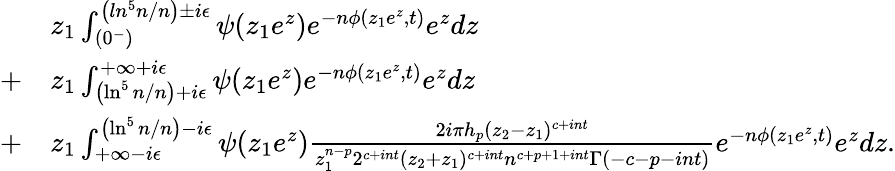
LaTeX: \begin{array}{rl}&{z_{1}\int_{(0^{-})}^{\left(ln^{5}n/n\right)\pm i\epsilon}\psi(z_{1}e^{z})e^{-n\phi(z_{1}e^{z},t)}e^{z}dz}\\ {+}&{z_{1}\int_{\left(\ln^{5}n/n\right)+i\epsilon}^{+\infty+i\epsilon}\psi(z_{1}e^{z})e^{-n\phi(z_{1}e^{z},t)}e^{z}dz}\\ {+}&{z_{1}\int_{+\infty-i\epsilon}^{\left(\ln^{5}n/n\right)-i\epsilon}\psi(z_{1}e^{z})\frac{2i\pi h_{p}(z_{2}-z_{1})^{c+int}}{z_{1}^{n-p}2^{c+int}(z_{2}+z_{1})^{c+int}n^{c+p+1+int}\Gamma(-c-p-int)}e^{-n\phi(z_{1}e^{z},t)}e^{z}dz.}\end{array}